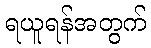
ရယူရန်အတွက်